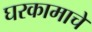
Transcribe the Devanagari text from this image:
घरकामाचे